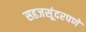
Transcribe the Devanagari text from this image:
सहजसूंदरपणे